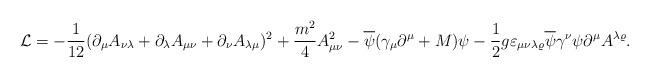
LaTeX: \begin{align*}{\cal L} =-\frac{1}{12} (\partial_\mu A_{\nu \lambda}+ \partial_\lambda A_{\mu \nu }+ \partial_\nu A_{\lambda\mu })^2+\frac{m^2}{4} A_{\mu\nu}^2-\overline{\psi}(\gamma_\mu\partial^\mu+M)\psi-\frac{1}{2}g\varepsilon_{\mu\nu\lambda\varrho} \overline{\psi}\gamma^\nu\psi\partial^\mu A^{\lambda\varrho}.\end{align*}